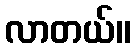
လာတယ်။